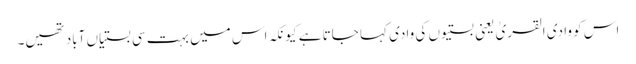
اس کو وادی القریٰ یعنی بستیوں کی وادی کہا جاتا ہے کیونکہ اس میں بہت سی بستیاں آباد تھیں۔